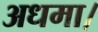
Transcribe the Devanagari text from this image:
अधमा।